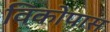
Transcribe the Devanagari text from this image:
विकोपास